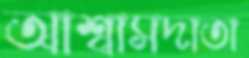
আশ্বাসদাতা